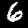
Label: 6